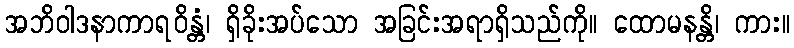
အဘိဝါဒနာကာရဝိန္တံ၊ ရှိခိုးအပ်သော အခြင်းအရာရှိသည်ကို။ ထောမနန္တိ၊ ကား။